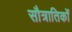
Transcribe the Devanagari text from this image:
सौत्रातिकों